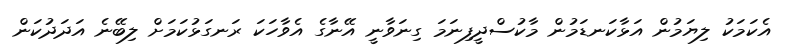
އެކަމަކު ލިޔަމުން އަޅާކަނޑަމުން މާކުސްދީފިނަމަ ގިނަވާނީ އޭނާގެ އެވާހަކަ ރަނގަޅުކަމަށް ލިބޭނެ އަދަދުކަން